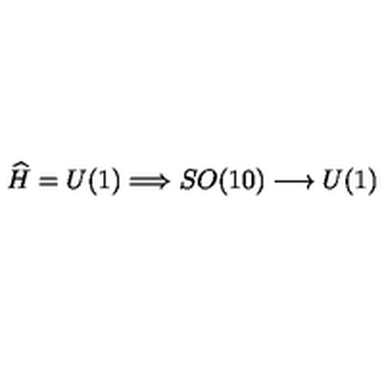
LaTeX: \widehat { H } = U ( 1 ) \Longrightarrow S O ( 1 0 ) \longrightarrow U ( 1 )